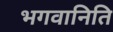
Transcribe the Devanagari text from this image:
भगवानिति